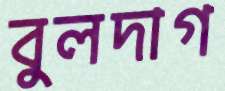
বুলদাগ